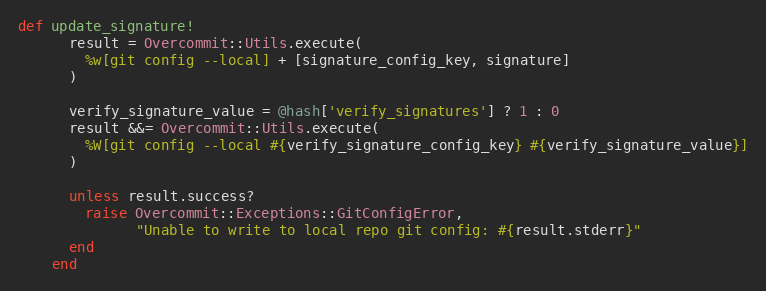
Language: Ruby
def update_signature!
      result = Overcommit::Utils.execute(
        %w[git config --local] + [signature_config_key, signature]
      )

      verify_signature_value = @hash['verify_signatures'] ? 1 : 0
      result &&= Overcommit::Utils.execute(
        %W[git config --local #{verify_signature_config_key} #{verify_signature_value}]
      )

      unless result.success?
        raise Overcommit::Exceptions::GitConfigError,
              "Unable to write to local repo git config: #{result.stderr}"
      end
    end